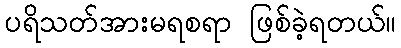
ပရိသတ်အားမရစရာ ဖြစ်ခဲ့ရတယ်။